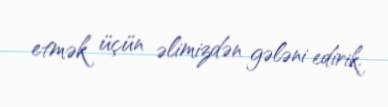
etmək üçün əlimizdən gələni edirik.